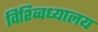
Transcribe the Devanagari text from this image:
विश्व्विध्यालय